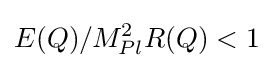
E(Q)/M_{Pl}^{2}R(Q)<1